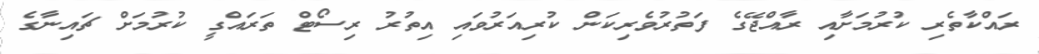
ރައްކާތެރި ކުރުމަށާއި ރާއްޖޭގެ ފަތުރުވެރިކަން ކުރިއަރުވައި އިތުރު ރިސޯޓް ތަރައްގީ ކުރުމަށް ޗައިނާގެ